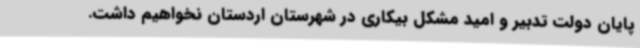
پایان دولت تدبیر و امید مشکل بیکاری در شهرستان اردستان نخواهیم داشت.